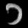
Digit: ၁